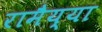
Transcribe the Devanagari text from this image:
रामैय्या